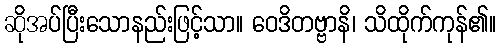
ဆိုအပ်ပြီးသောနည်းဖြင့်သာ။ ဝေဒိတဗ္ဗာနိ၊ သိထိုက်ကုန်၏။